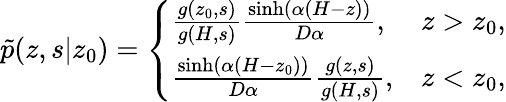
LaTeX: \begin{array}{r}{\tilde{p}(z,s|z_{0})=\left\{ \begin{array}{ll}{\frac{g(z_{0},s)}{g(H,s)}\frac{\sinh(\alpha(H-z))}{D\alpha},}&{z>z_{0},}\\ {\frac{\sinh\left(\alpha\left(H-z_{0}\right)\right)}{D\alpha}\frac{g(z,s)}{g(H,s)},}&{z<z_{0},}\end{array}\right.}\end{array}